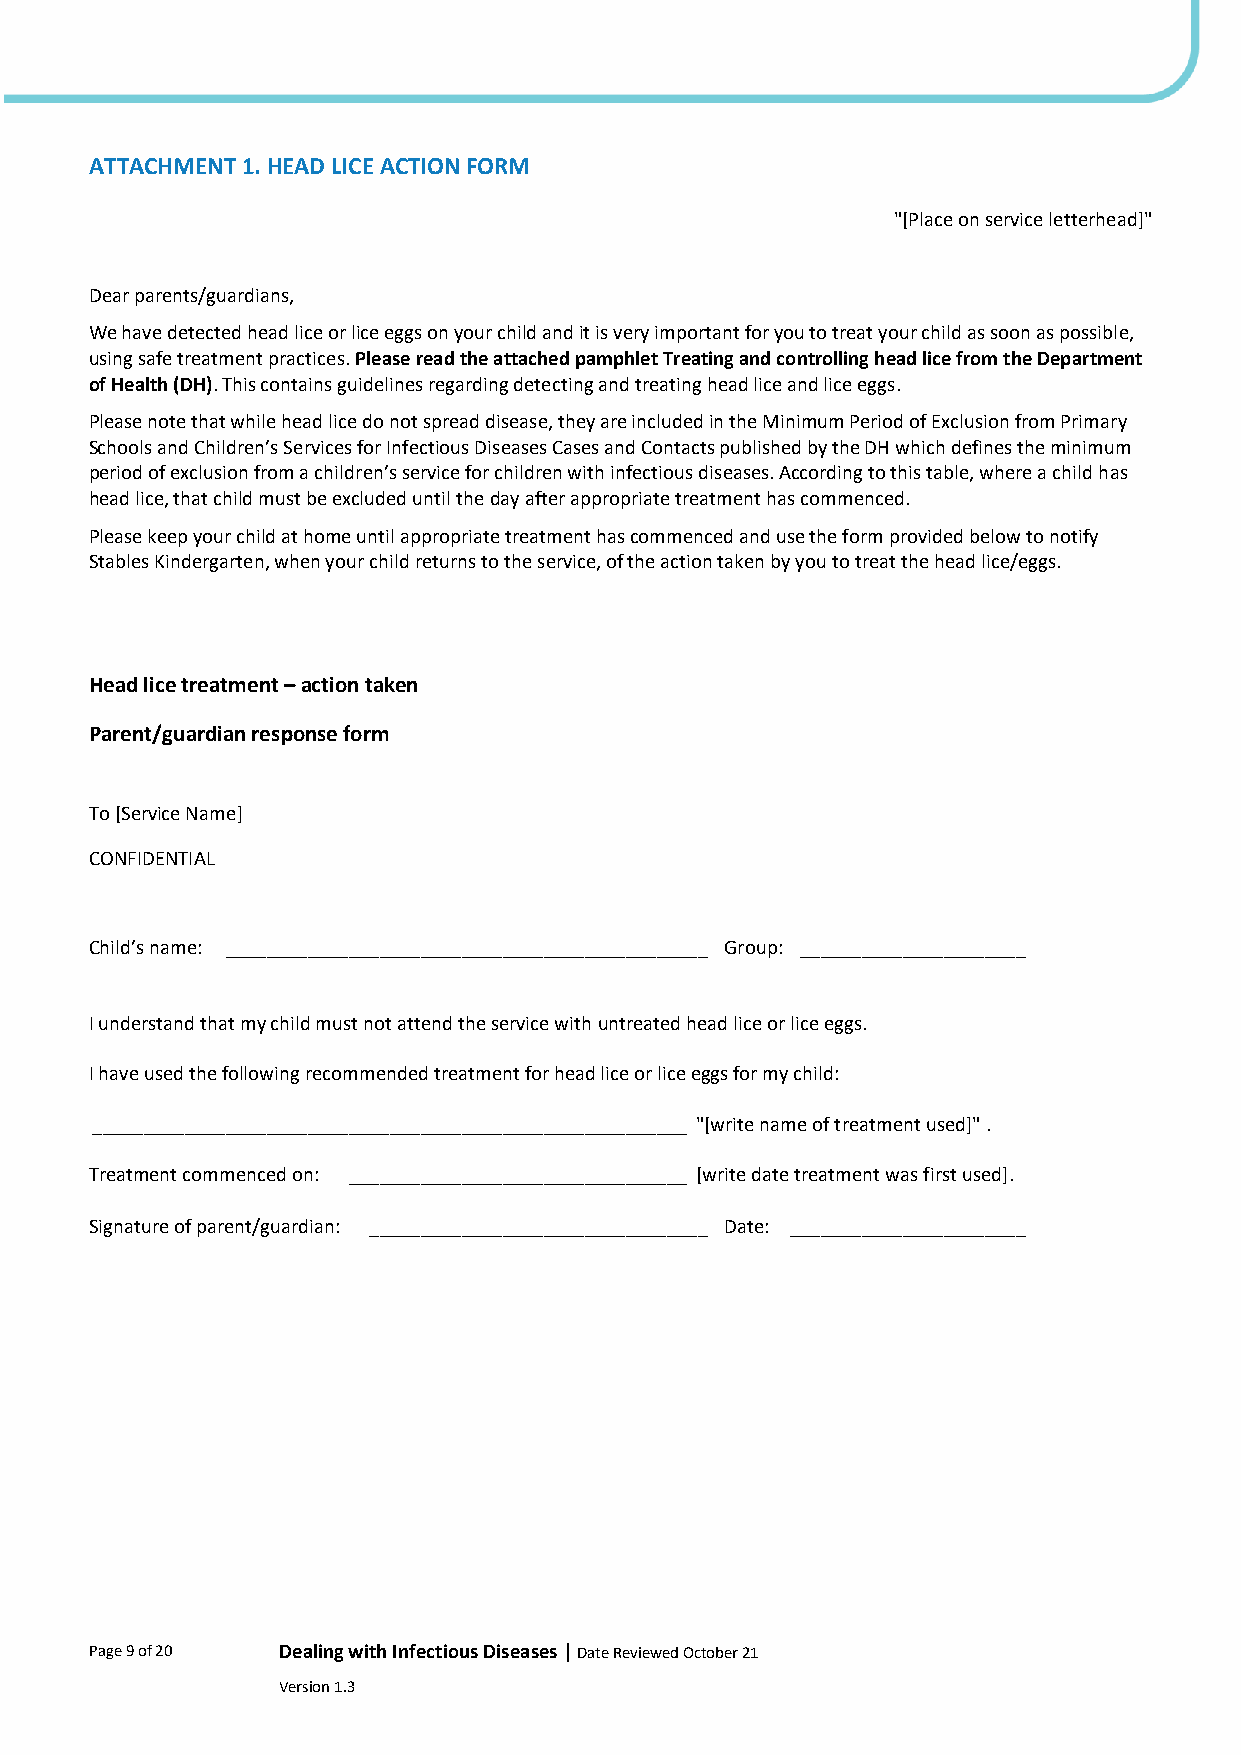
ATTACHMENT 1. HEAD LICE ACTION FORM
 "[Place on service letterhead]"
 Dear parents/guardians,
 We have detected head lice or lice eggs on your child and it is very important for you to treat your child as soon as possible,
 using safe treatment practices. Please read the attached pamphlet Treating and controlling head lice from the Department
 of Health (DH). This contains guidelines regarding detecting and treating head lice and lice eggs.
 Please note that while head lice do not spread disease, they are included in the Minimum Period of Exclusion from Primary
 Schools and Children’s Services for Infectious Diseases Cases and Contacts published by the DH which defines the minimum
 period of exclusion from a children’s service for children with infectious diseases. According to this table, where a child has
 head lice, that child must be excluded until the day after appropriate treatment has commenced.
 Please keep your child at home until appropriate treatment has commenced and use the form provided below to notify
 Stables Kindergarten, when your child returns to the service, of the action taken by you to treat the head lice/eggs.
 Head lice treatment – action taken
 Parent/guardian response form
 To [Service Name]
 CONFIDENTIAL
 Child’s name: _______________________________________________ Group: ______________________
 I understand that my child must not attend the service with untreated head lice or lice eggs.
 I have used the following recommended treatment for head lice or lice eggs for my child:
 __________________________________________________________ "[write name of treatment used]" .
 Treatment commenced on: _________________________________ [write date treatment was first used].
 Signature of parent/guardian: _________________________________ Date: _______________________
 Page 9 of 20 Dealing with Infectious Diseases | Date Reviewed October 21
 Version 1.3